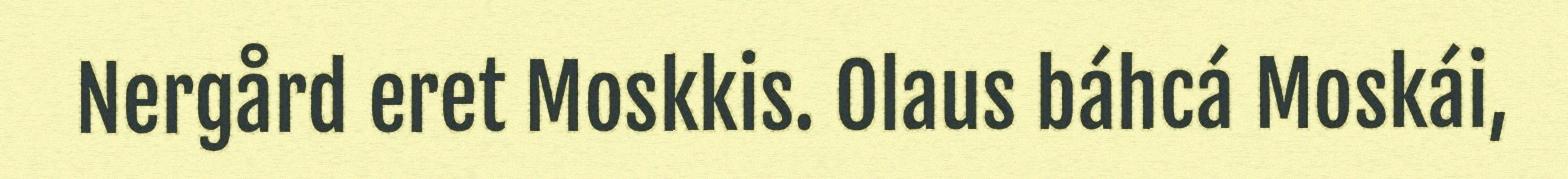
Nergård eret Moskkis. Olaus báhcá Moskái,